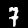
Digit: 7